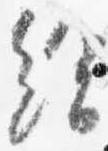
給